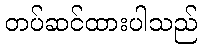
တပ်ဆင်ထားပါသည်